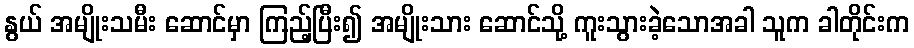
နွယ် အမျိုးသမီး ဆောင်မှာ ကြည့်ပြီး၍ အမျိုးသား ဆောင်သို့ ကူးသွားခဲ့သောအခါ သူက ခါတိုင်းက